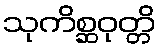
သုကိစ္ဆဝုတ္တိ